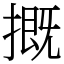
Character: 摡